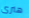
هنرى